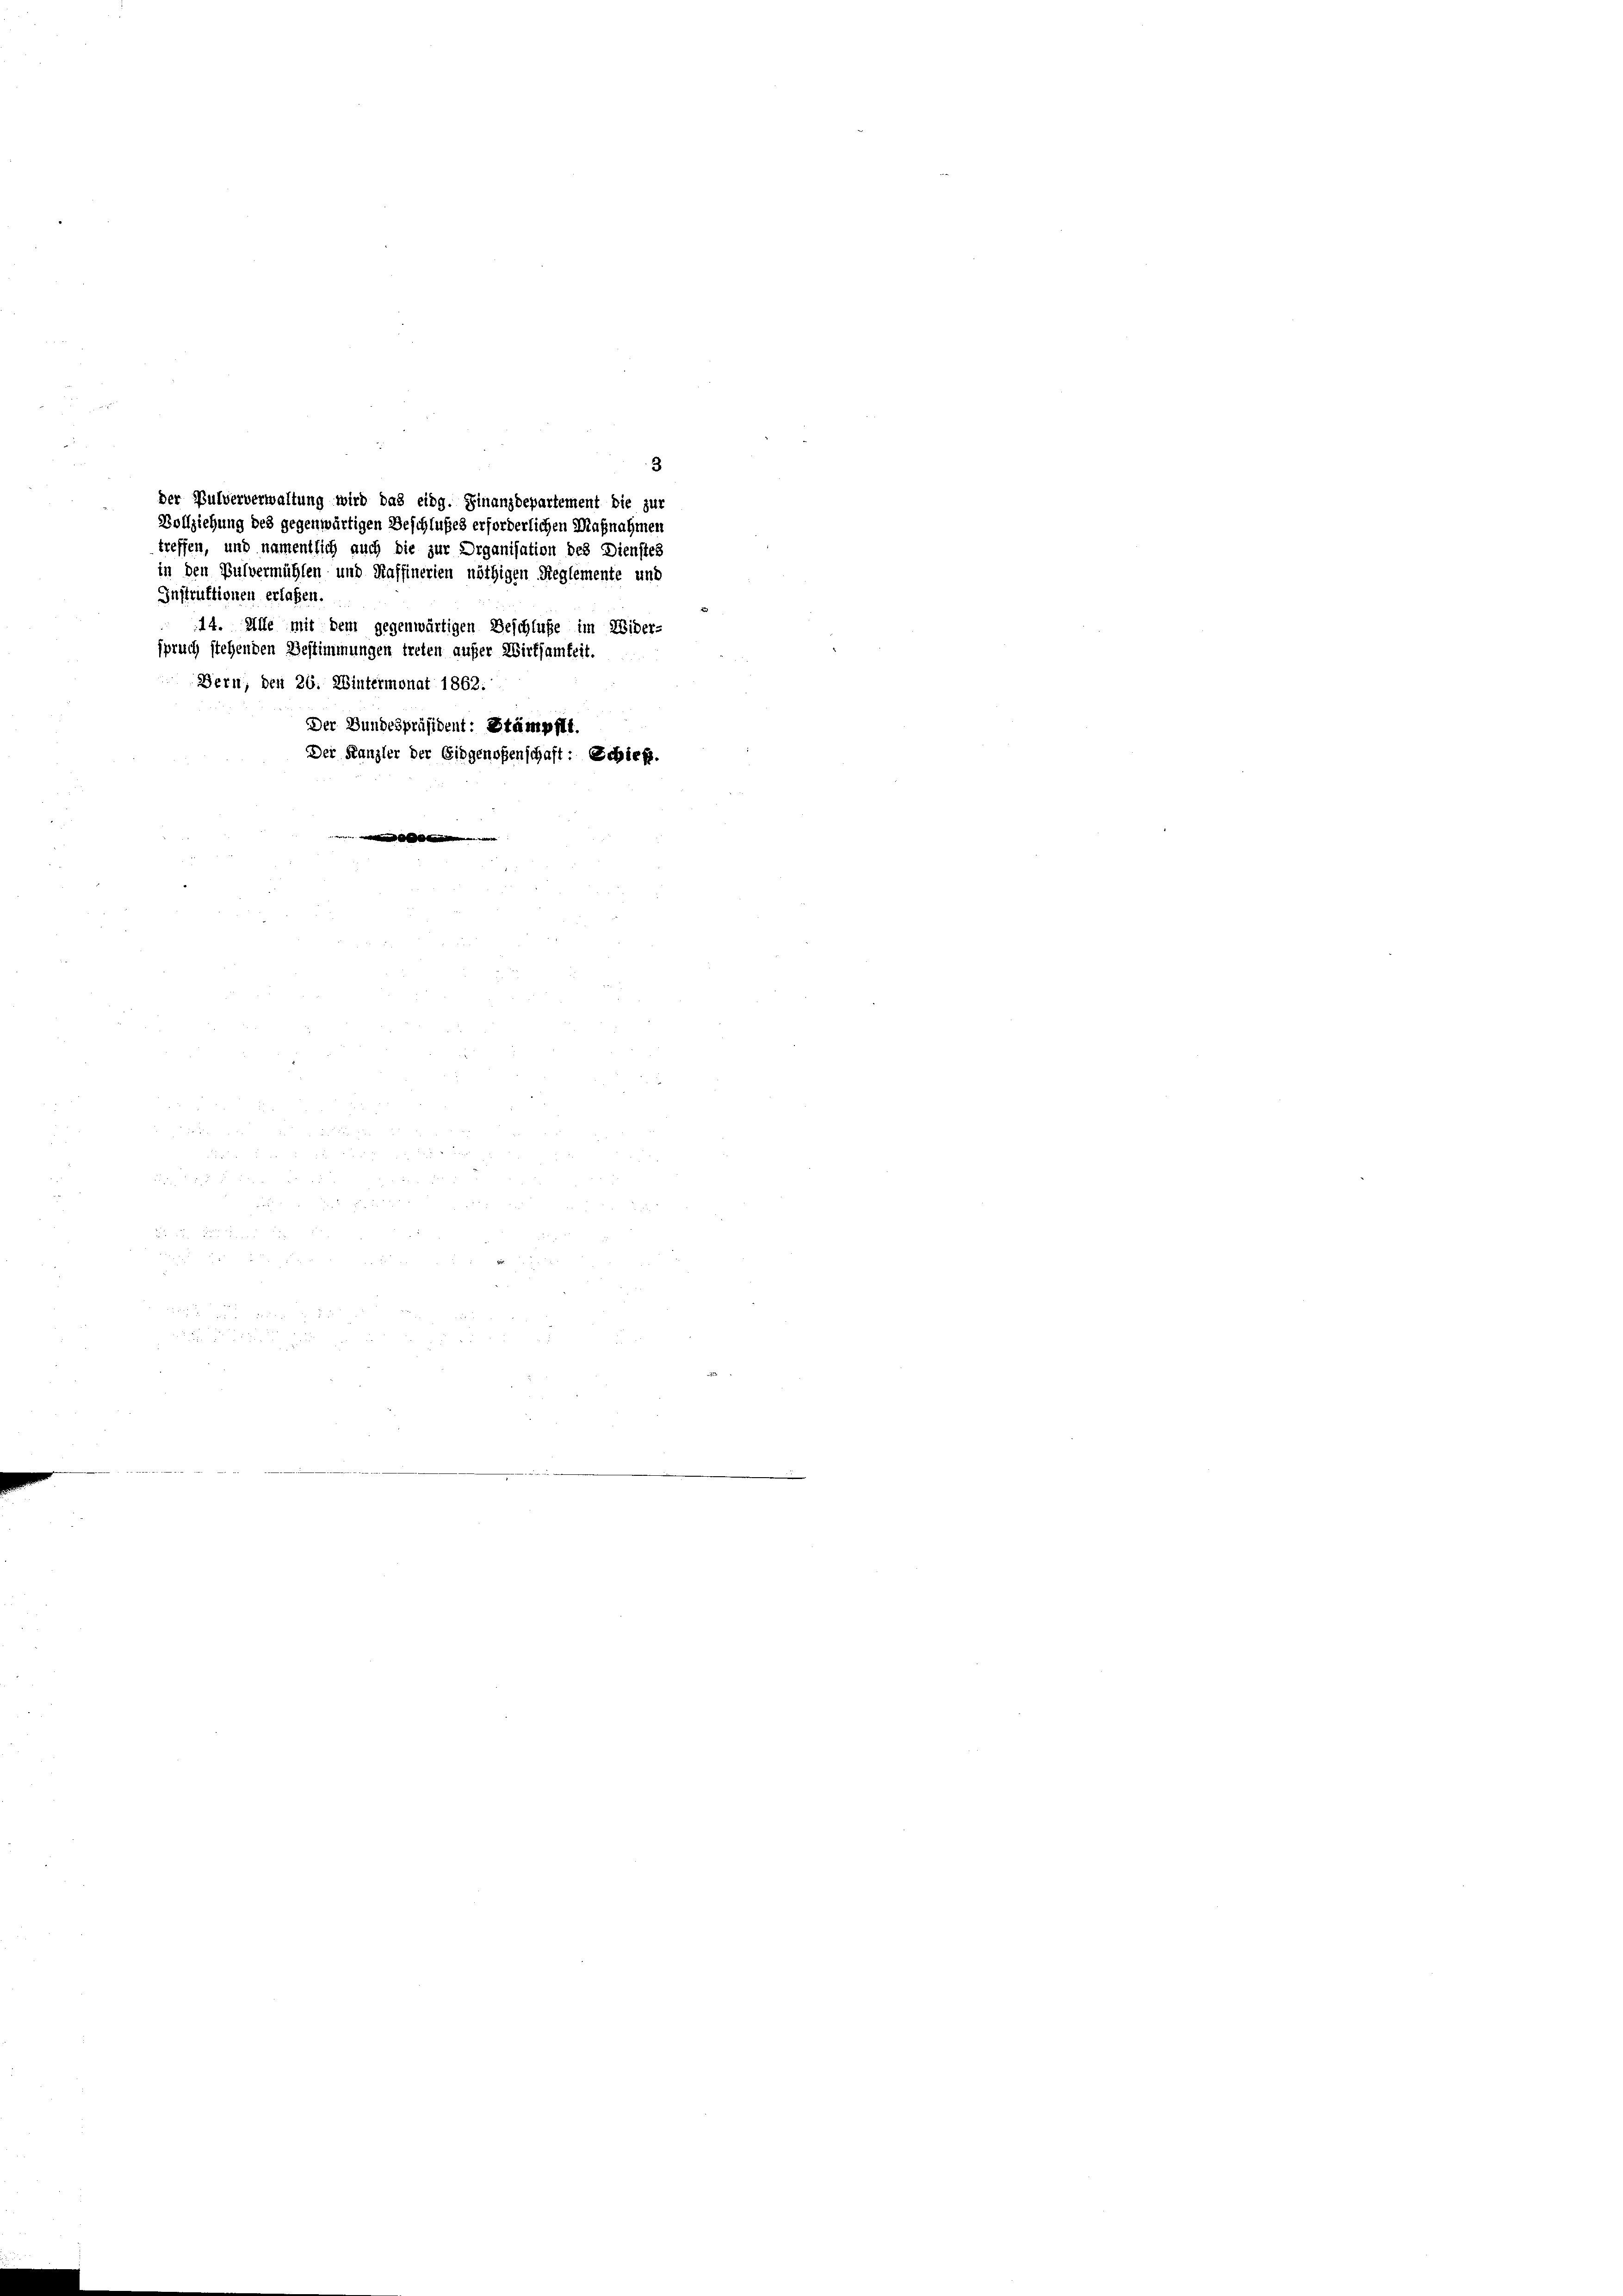
3
der Pulververwaltung wird das eidg. Finanzdepartement die zur
Vollziehung des gegenwärtigen Beschlußes erforderlichen Maßnahmen
treffen, und namentlich auch die zur Organisation des Dienstes
in den Pulvermühlen und Raffinerien nöthigen Reglemente und
Instruktionen erlassen.
14. Alle mit dem gegenwärtigen Beschluße im Wider-
spruch stehenden Bestimmungen treten außer Wirtsamkeit.
Bern, den 26. Wintermonat 1862:
Der Bundespräsident: Stämpfli
Der Kanzler der Eidgenoßenschaft: Schief.
2